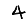
Digit: 4